Report of the Lahore Medical School Hospital
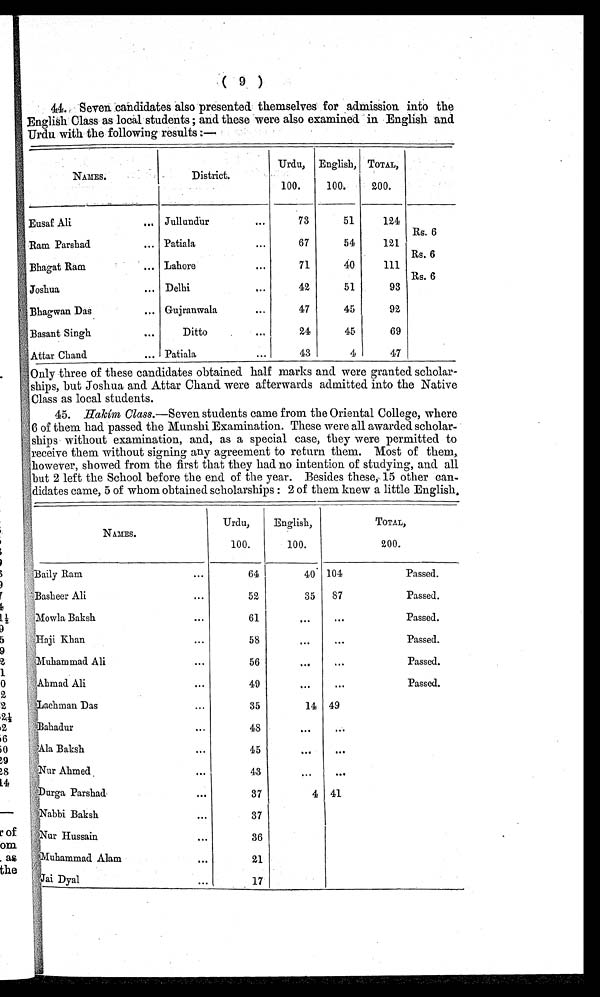
44. Seven candidates also presented themselves for admission into the
English Class as local students ; and these were also examined in English and
Urdu with the following results :—
NAMES.
District.
Urdu,
100.
English,
100.
TOTAL,
200.
Eusaf Ali
... Jullundur
. . .
73
51
124
Rs. 6
Ram Parshad
... Patiala
. . .
67
54
121
Rs. 6
Bhagat Ram
... Lahore
. . .
71
40
111
Rs. 6
Joshua
... Delhi
. . .
42
51
93
Bhagwan Das
... Gujranwala
. . .
47
45
92
Basant Singh
...
Ditto
. . .
24
45
69
Attar Chand
... Patiala
. . .
43
4
47
Only three of these candidates obtained half marks and were granted scholar-
ships, but Joshua and Attar Chand were afterwards admitted into the Native
Class as local students.
45. Hakím Class.—Seven students came from the Oriental College, where
6 of them had passed the Munshi Examination. These were all awarded scholar
-
ships without examination, and, as a special case, they were permitted to
receive them without signing any agreement to return them. Most of them,
however, showed from the first that they had no intention of studying, and all
but 2 left the School before the end of the year. Besides these, 15 other can-
-didates came, 5 of whom obtained scholarships : 2 of them knew a little English.
NAMES.
Urdu,
100.
English,
100.
TOTAL,
200.
Baily Ram ...
64
40 104
Passed.
Basheer Ali
• • •
52
35
87
Passed.
Mowla Baksh
...
61
. . .
. . .
Passed.
Haji Khan
...
58
. . .
. . .
Passed.
Muhammad Ali
...
56
. . .
. . .
Passed.
Ahmad Ali
...
49
. . .
. . .
Passed.
Lachman Das
...
35
14 49
Bahadur
...
48
. . .
. . .
Ala Baksh
...
45
...
. . .
Nur Ahmed
...
43
. . .
. . .
Durga Parshad
...
37
4 41
Nabbi Baksh
...
37
Nur Hussain
...
36
Muhammad Alam
...
21
Jai Dyal
...
17